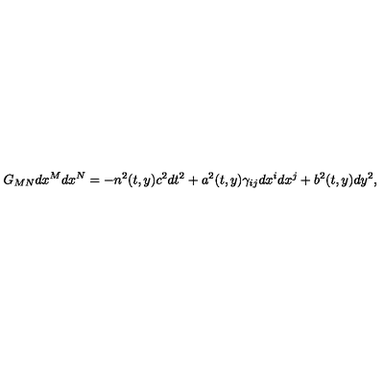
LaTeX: G _ { M N } d x ^ { M } d x ^ { N } = - n ^ { 2 } ( t , y ) c ^ { 2 } d t ^ { 2 } + a ^ { 2 } ( t , y ) \gamma _ { i j } d x ^ { i } d x ^ { j } + b ^ { 2 } ( t , y ) d y ^ { 2 } ,